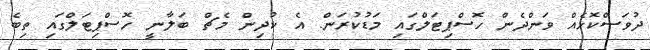
ދުވަސްކޮޅެއް ވަންދެން ހޮސްޕިޓަލްގައި މަޑުކުރަން. އެ ކުދިން މެޗް ބަލާނީ ހޮސްޕިޓަލްގައި ތިބެ